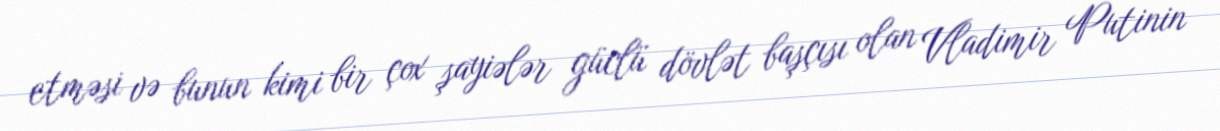
etməsi və bunun kimi bir çox şayiələr güclü dövlət başçısı olan Vladimir Putinin